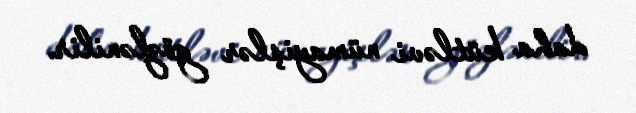
daha kütləvi nümayişlər gözlənilir.